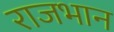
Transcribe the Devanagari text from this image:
राजभान